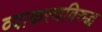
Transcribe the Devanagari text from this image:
व्याकरणविरुद्ध